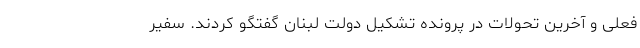
فعلی و آخرین تحولات در پرونده تشکیل دولت لبنان گفتگو کردند. سفیر